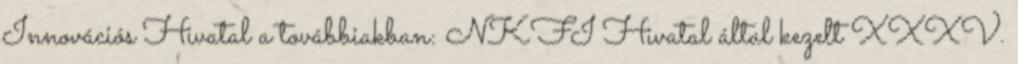
Innovációs Hivatal a továbbiakban: NKFI Hivatal által kezelt XXXV.